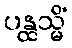
ပန္ထသ္မိံ